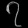
Digit: ၇